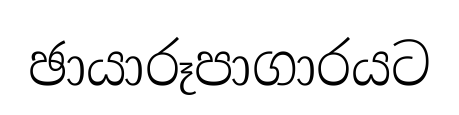
ඡායාරූපාගාරයට